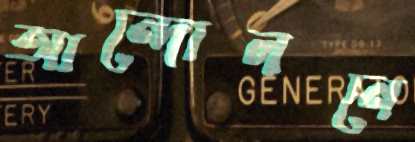
আন্দোলনে